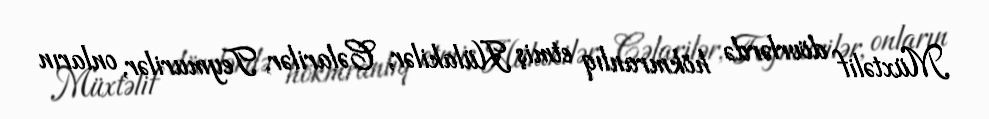
Müxtəlif dövrlərdə hökmranlıq etmiş Hülakilər, Cəlarilər, Teymurilər, onların